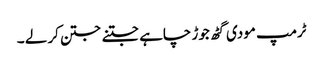
ٹرمپ مودی گٹھ جوڑ چاہے جتنے جتن کر لے ۔